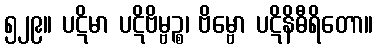
၅၂၉။ ပဋိမာ ပဋိဗိမ္ဗဉ္စ၊ ဗိမ္ဗော ပဋိနိဓီရိတော။